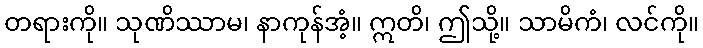
တရားကို။ သုဏိဿာမ၊ နာကုန်အံ့။ ဣတိ၊ ဤသို့။ သာမိကံ၊ လင်ကို။